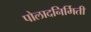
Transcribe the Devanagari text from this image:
पोलादनिर्मिती